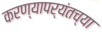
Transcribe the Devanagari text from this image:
करण्यापर्यंतच्या